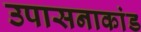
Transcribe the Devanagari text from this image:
उपासनाकांड